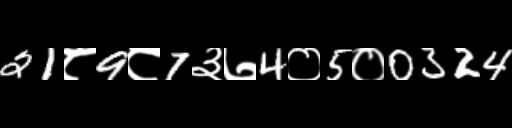
Text: 21८9८7३७4०5०0324